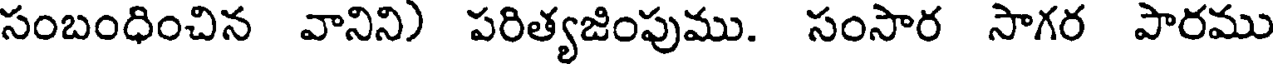
సంబంధించిన వానిని) పరిత్యజింపుము. సంసార సాగర పారము